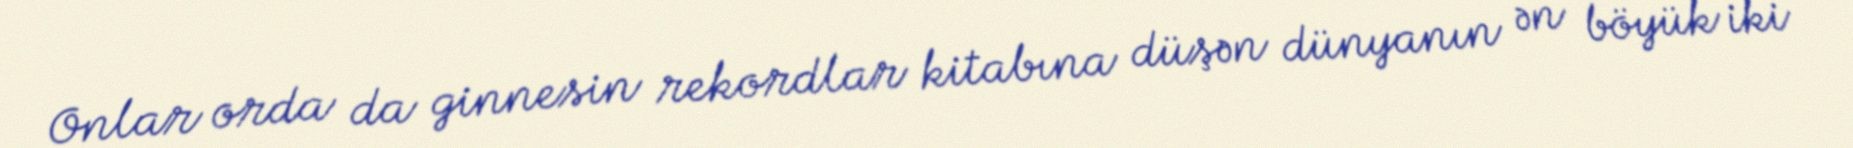
Onlar orda da ginnesin rekordlar kitabına düşən dünyanın ən böyük iki